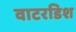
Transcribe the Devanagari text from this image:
वाटरडिश